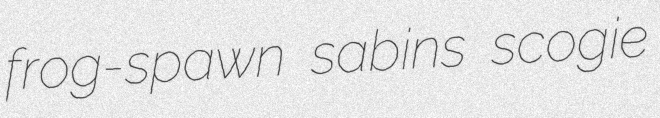
frog-spawn sabins scogie